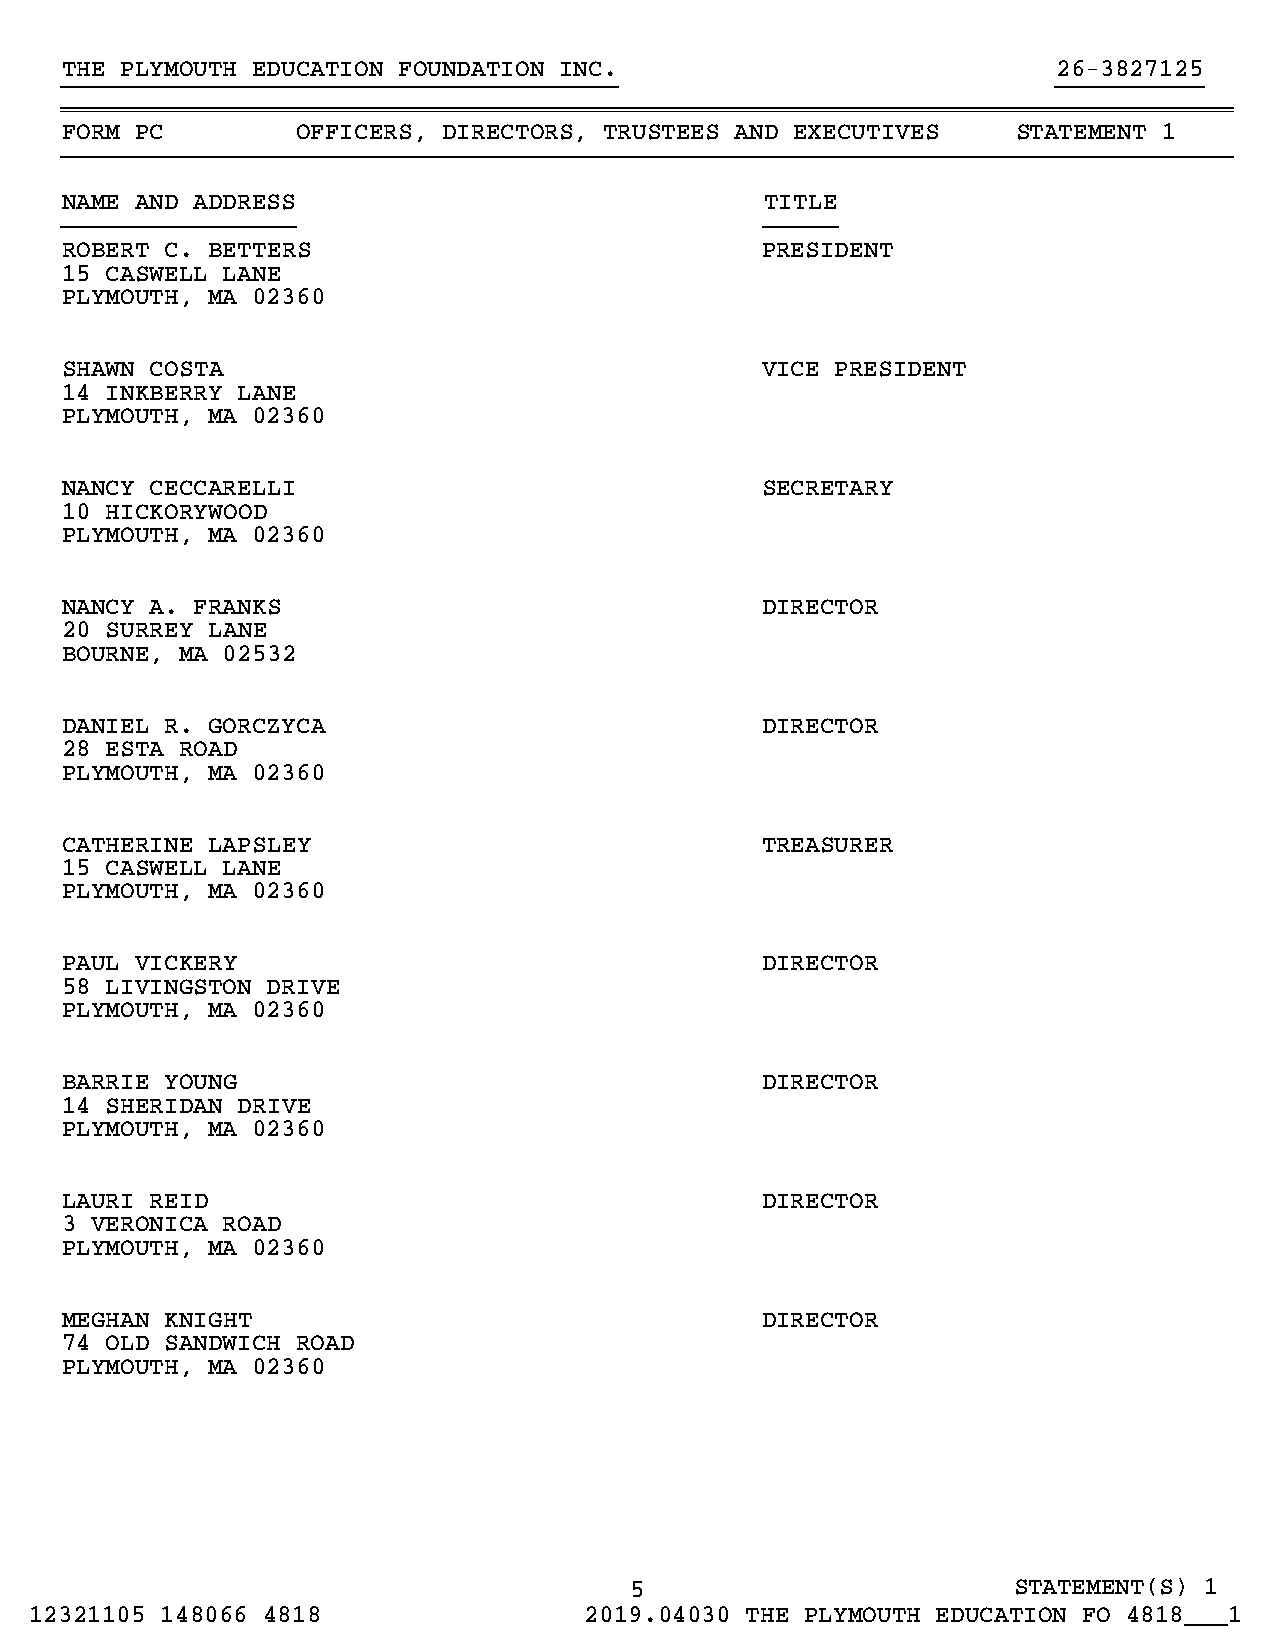
THE PLYMOUTH EDUCATION FOUNDATION INC.                            26-3827125
 }}}}}}}}}}}}}}}}}}}}}}}}}}}}}}}}}}}}}}                            }}}}}}}}}}
 ~~~~~~~~~~~~~~~~~~~~~~~~~~~~~~~~~~~~~~~~~~~~~~~~~~~~~~~~~~~~~~~~~~~~~~~~~~~~~~~~
 FORM PC         OFFICERS, DIRECTORS, TRUSTEES AND EXECUTIVES   STATEMENT 1
 }}}}}}}}}}}}}}}}}}}}}}}}}}}}}}}}}}}}}}}}}}}}}}}}}}}}}}}}}}}}}}}}}}}}}}}}}}}}}}}}
 NAME AND ADDRESS                               TITLE
 }}}}}}}}}}}}}}}}                               }}}}}
 ROBERT C. BETTERS                             PRESIDENT
 15 CASWELL LANE
 PLYMOUTH, MA 02360
 SHAWN COSTA                                   VICE PRESIDENT
 14 INKBERRY LANE
 PLYMOUTH, MA 02360
 NANCY CECCARELLI                              SECRETARY
 10 HICKORYWOOD
 PLYMOUTH, MA 02360
 NANCY A. FRANKS                               DIRECTOR
 20 SURREY LANE
 BOURNE, MA 02532
 DANIEL R. GORCZYCA                            DIRECTOR
 28 ESTA ROAD
 PLYMOUTH, MA 02360
 CATHERINE LAPSLEY                             TREASURER
 15 CASWELL LANE
 PLYMOUTH, MA 02360
 PAUL VICKERY                                  DIRECTOR
 58 LIVINGSTON DRIVE
 PLYMOUTH, MA 02360
 BARRIE YOUNG                                  DIRECTOR
 14 SHERIDAN DRIVE
 PLYMOUTH, MA 02360
 LAURI REID                                    DIRECTOR
 3 VERONICA ROAD
 PLYMOUTH, MA 02360
 MEGHAN KNIGHT                                 DIRECTOR
 74 OLD SANDWICH ROAD
 PLYMOUTH, MA 02360
 5                        STATEMENT(S) 1
 12321105 148066 4818                 2019.04030 THE PLYMOUTH EDUCATION FO 4818___1